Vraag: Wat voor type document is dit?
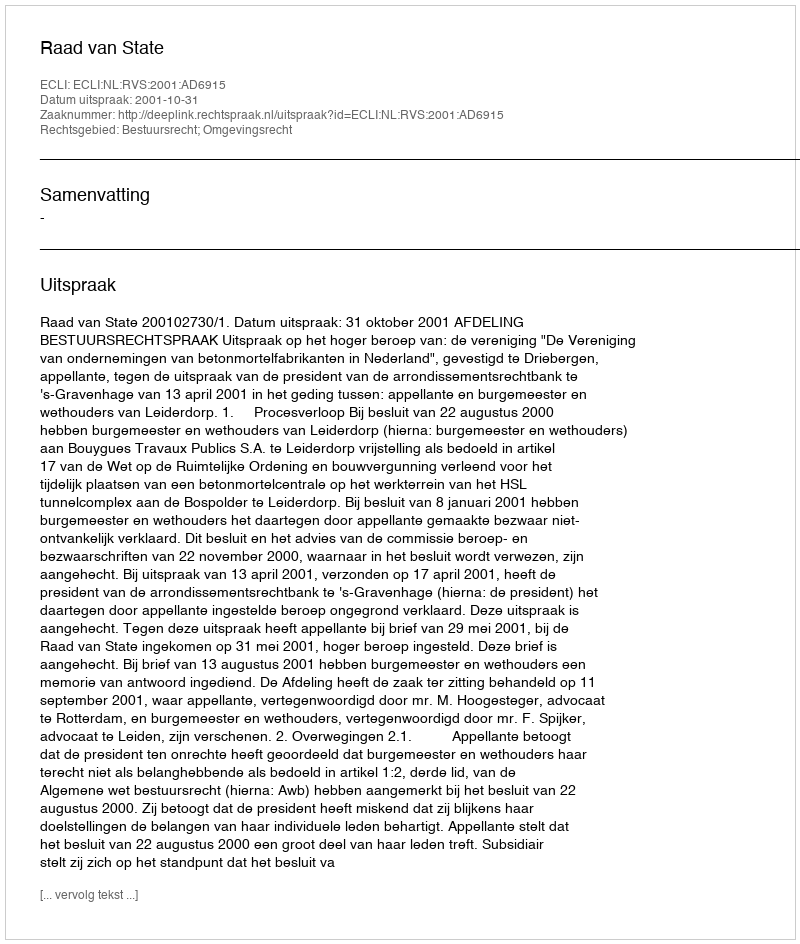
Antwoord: Uitspraak